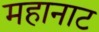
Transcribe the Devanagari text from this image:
महानाट